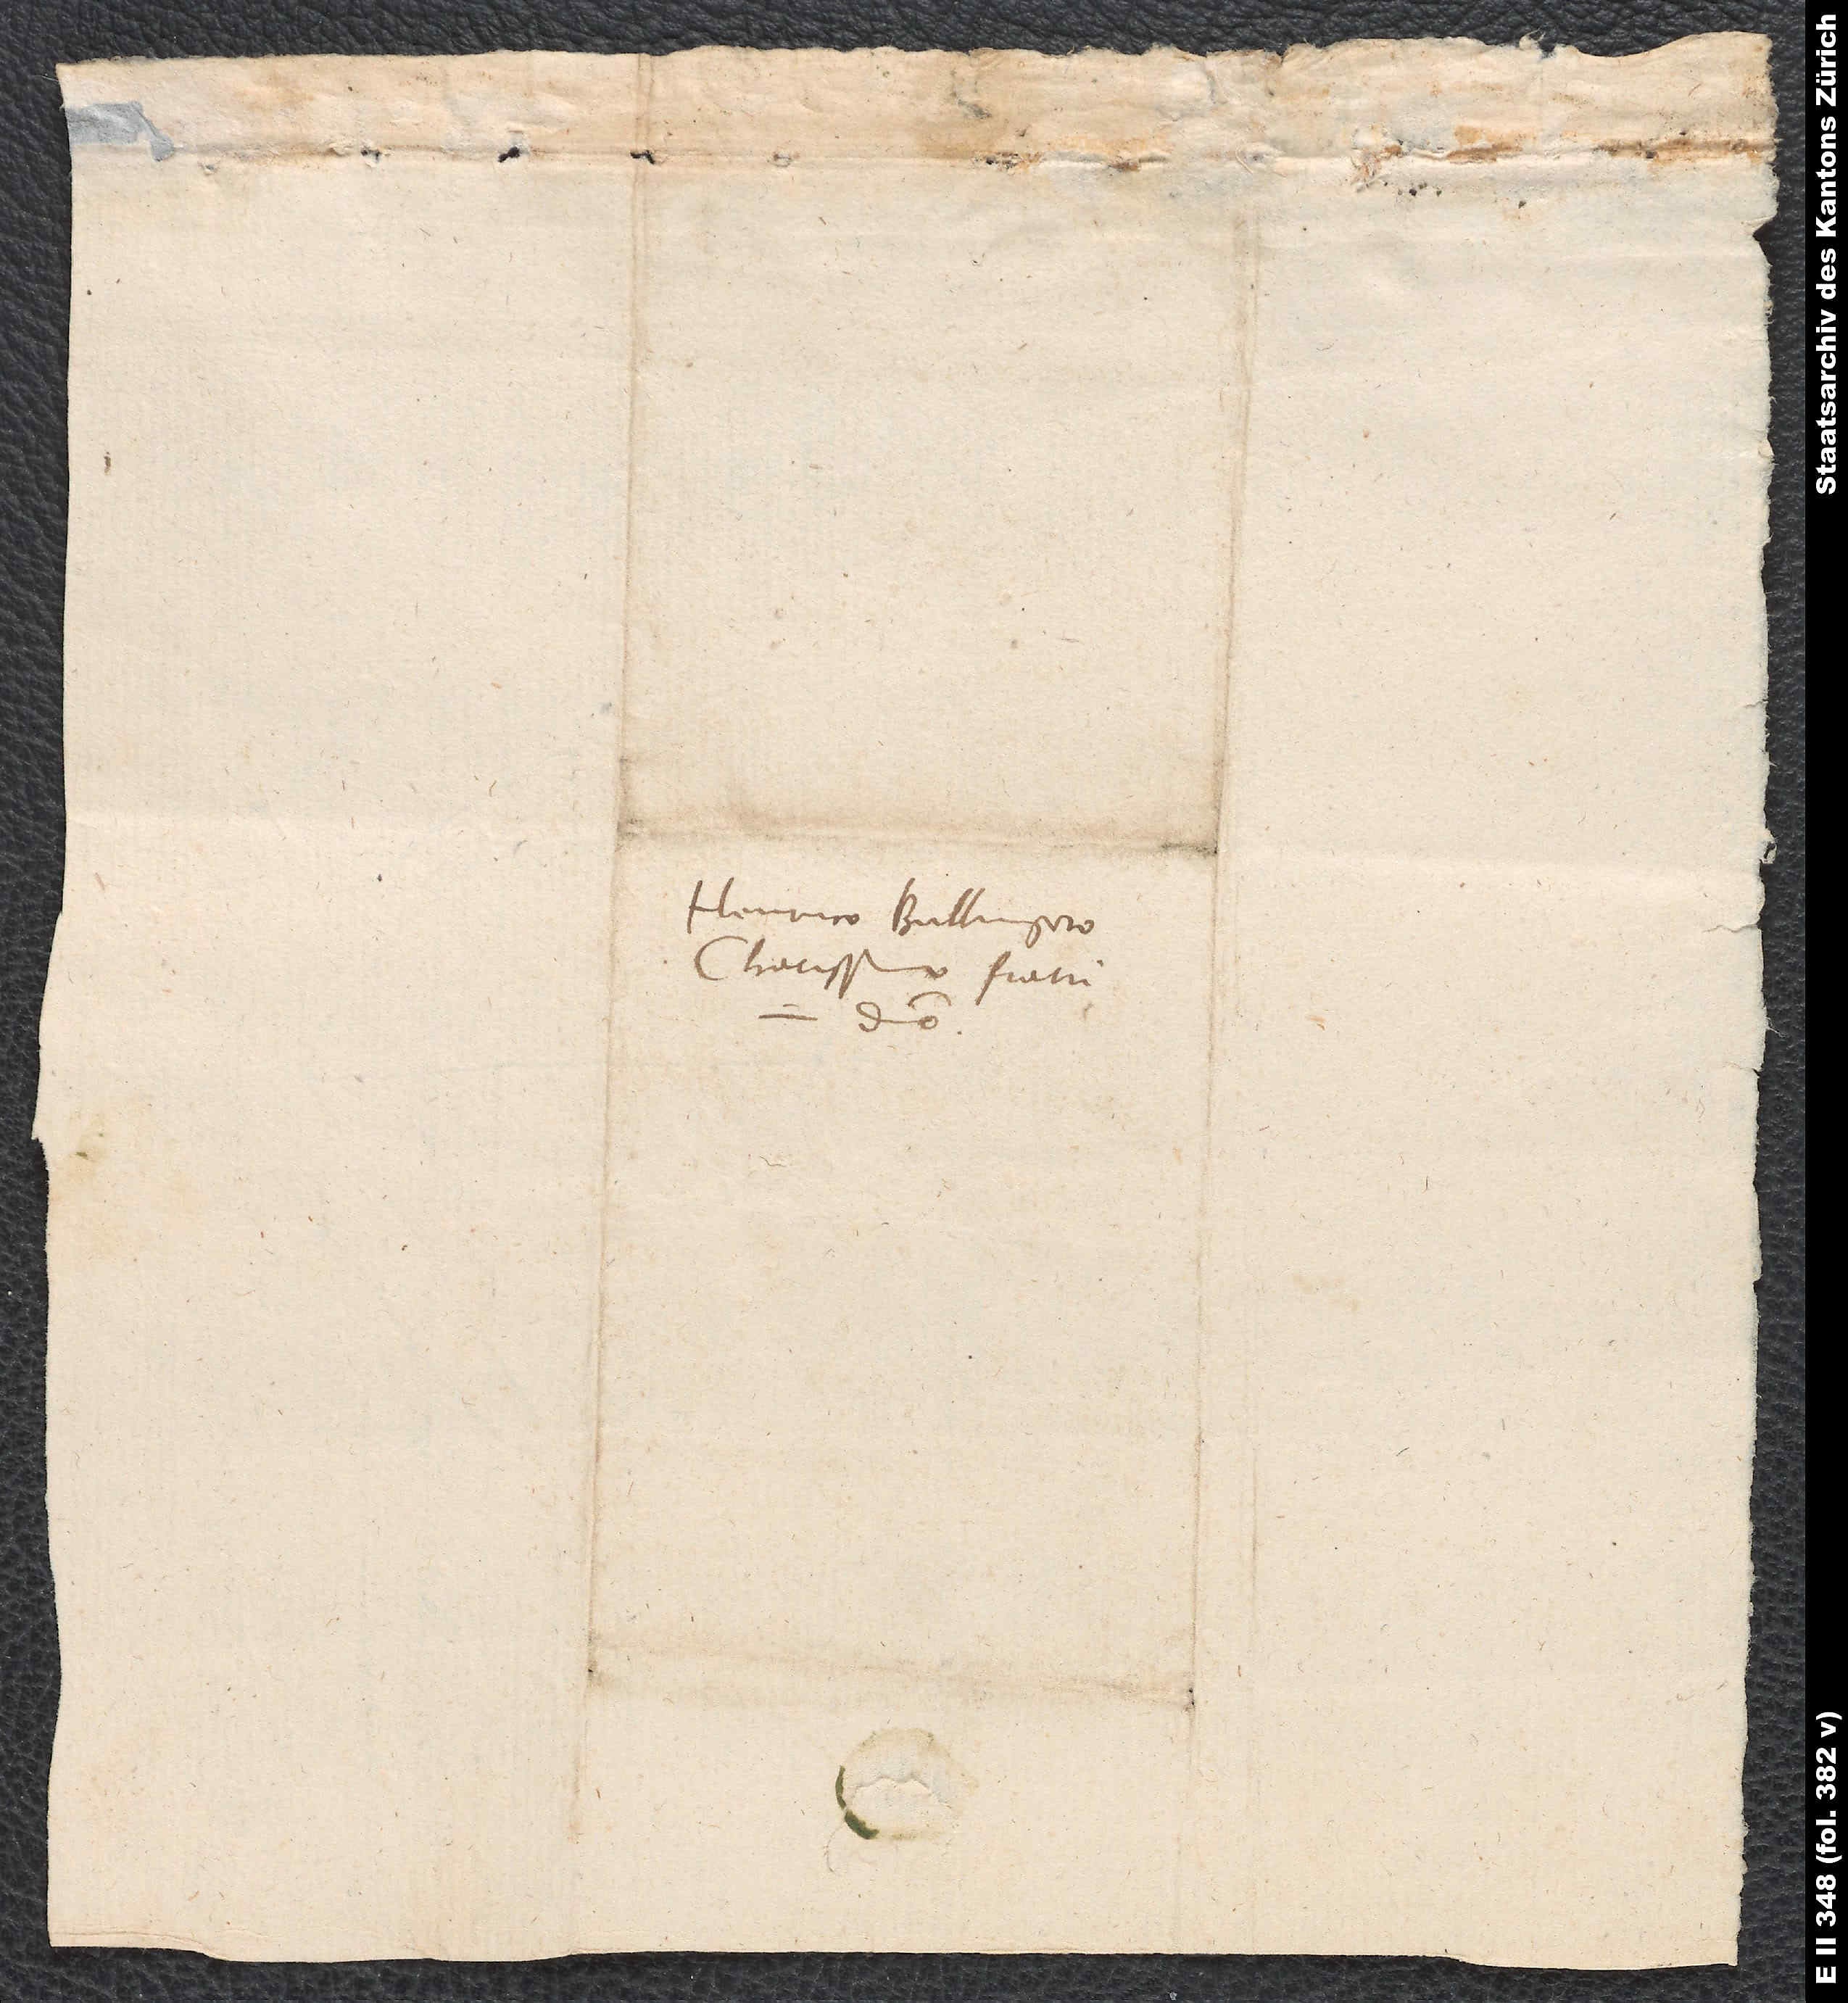
Henrico Bullingero,
charissimo fratri